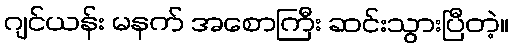
ဂျင်ယန်း မနက် အစောကြီး ဆင်းသွားပြီတဲ့။